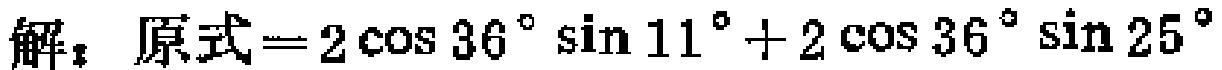
解：原式\(=2\cos 36^{\circ}\sin 11^{\circ}+2\cos 36^{\circ}\sin 25^{\circ}\)